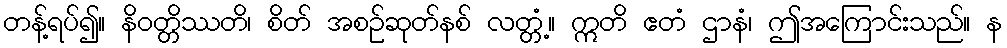
တန့်ရပ်၍။ နိဝတ္တိဿတိ၊ စိတ် အစဉ်ဆုတ်နစ် လတ္တံ့။ ဣတိ ဧတံ ဌာနံ၊ ဤအကြောင်းသည်။ န